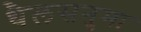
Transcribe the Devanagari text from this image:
थैलसनुमा